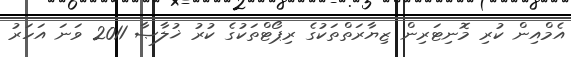
އެމްއިން ކުރި މޮނިޓަރިން ޒިޔާރަތްތަކުގެ ރިޕޯޓްތަކުގެ ކުރު ޚުލާޞާ 2011 ވަނަ އަހަރު